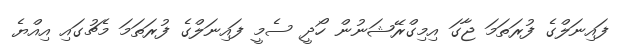
ފައިނަލްގެ ފުރަތަމަ ޖާގަ އިމިގްރޭޝަނުން ހޯދީ ސެމީ ފައިނަލްގެ ފުރަތަމަ މެޗުގައި އިއްޔެ